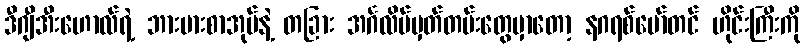
ဒီဂျီအီးဟောလ်ရဲ့ ဘားမားစာအုပ်နဲ့ တခြား အင်္ဂလိပ်မှတ်တမ်းတွေမှာတော့ နဂရစ်မော်တင် ဟိုင်းကြီးကို